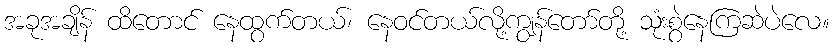
အခုအချိန် ထိတောင် နေထွက်တယ်၊ နေဝင်တယ်လို့ကျွန်တော်တို့ သုံးစွဲနေကြဆဲပဲလေ။